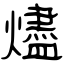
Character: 燼